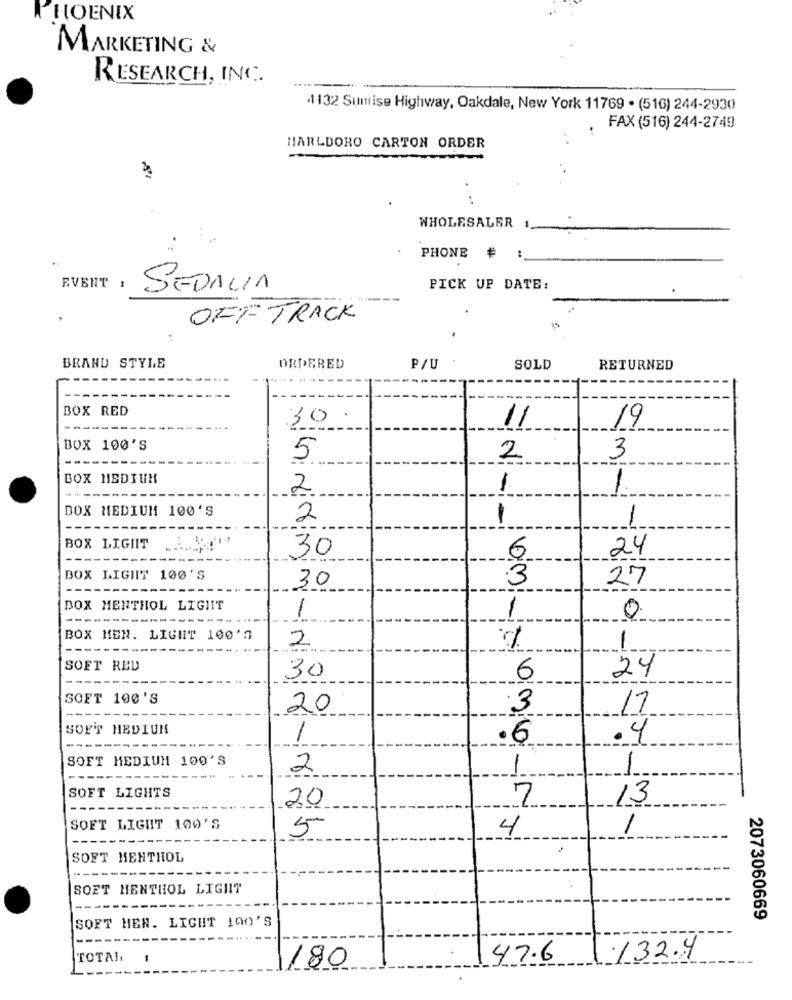
PHOENIX
MARKETING &
RESEARCH, INC.
4132 Sunrise Highway, Oakdale, New York 11769 . (516) 244-2930
FAX (516) 244-2749
HARLDORO CARTON ORDER
WHOLESALER 1.
PHONE # :
EVENT :
SEDALIA
PICK UP DATE:
OFFTRACK
BRAND STYLE
ORDERED
P/U
SOLD
RETURNED
BOX RED
30
11
19
BOX 100'S
---
5
2
3
BOX MEDIUM
2
1
1
--
.---
BOX MEDIUM 100'S
2
1
1
BOX LIGIIT
30
--
6
24
BOX LIGHT 100'S
3
27
30
BOX MENTHOL LIGHT
1
1
0
BOX MEN. LIGHT 100'3
2
1
SOFT RED
30
6
24
SOFT 100'S
---
20
17
SOFT MEDIUM
1
·6
.4
SOFT MEDIUM 100'S
2
1
SOFT LIGHTS
20
7
13
-----
SOFT LIGHT 100'S
5
4
SOFT HENTHOL
SOFT MENTHOL LIGHT
SOFT HEN. LIGHT 100'S
2073060669
TOTAL,
1
47.6
132.4
180